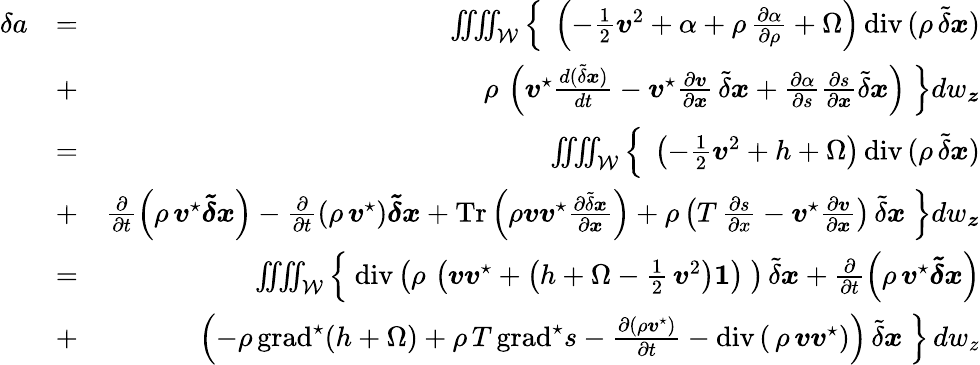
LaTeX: \begin{array}{rlr}{\delta a}&{=}&{\iiiint_{\mathcal W}\left\{ \ \left(-\frac{1}{2}{\boldsymbol v}^{2}+\alpha+\rho\, \frac{\partial\alpha}{\partial\rho}+\Omega\right)\, \mathrm{div}\, (\rho\, \tilde{\delta}\boldsymbol{x})\right.}\\ &{+}&{\left.\rho\, \left({\boldsymbol v}^{\star}\frac{d(\tilde{\delta}\boldsymbol{x})}{dt}-{\boldsymbol v}^{\star}\frac{\partial{\boldsymbol v}}{\partial\boldsymbol{x}}\, \tilde{\delta}\boldsymbol{x}+\frac{\partial\alpha}{\partial s}\frac{\partial s}{\partial\boldsymbol{x}}{\tilde{\delta}\boldsymbol x}\right)\ \right\} dw_{\boldsymbol z}}\\ &{=}&{\iiiint_{\mathcal W}\left\{ \ \left(-\frac{1}{2}{\boldsymbol v}^{2}+h+\Omega\right)\, \mathrm{div}\, (\rho\, \tilde{\delta}\boldsymbol{x})\right.}\\ &{+}&{\left.\frac{\partial}{\partial t}\left(\rho\, {\boldsymbol v}^{\star}\boldsymbol{\tilde{\delta}x}\right)-\frac{\partial}{\partial t}\left(\rho\, {\boldsymbol v}^{\star}\right)\boldsymbol{\tilde{\delta}x}+\mathrm{Tr}\left(\rho{\boldsymbol v}{\boldsymbol v}^{\star}\frac{\partial\tilde{\delta}\boldsymbol{x}}{\partial\boldsymbol{x}}\right)+\rho\left(T\, \frac{\partial s}{\partial x}-{\boldsymbol v}^{\star}\frac{\partial{\boldsymbol v}}{\partial{\boldsymbol x}}\right)\, \tilde{\delta}\boldsymbol{x}\ \right\} dw_{\boldsymbol z}}\\ &{=}&{\iiiint_{\mathcal W}\left\{ \ \mathrm{div}\left(\rho\, \left({\boldsymbol v}{\boldsymbol v}^{\star}+\left(h+\Omega-\frac{1}{2}\, {\boldsymbol v}^{2}\right)\boldsymbol 1\right)\ \right)\, \tilde{\delta}{\boldsymbol x}+\frac{\partial}{\partial t}\left(\rho\, {\boldsymbol v}^{\star}\boldsymbol{\tilde{\delta}x}\right)\right.}\\ &{+}&{\left.\left(-\rho\, \mathrm{grad}^{\star}(h+\Omega)+\rho\, T\, \mathrm{grad}^{\star}s-\frac{\partial(\rho{\boldsymbol v}^{\star})}{\partial t}-\mathrm{div}\left(\, \rho\, {\boldsymbol v}{\boldsymbol v}^{\star}\right)\right)\, \tilde{\delta}{\boldsymbol x}\ \right\} \, dw_{z}}\end{array}